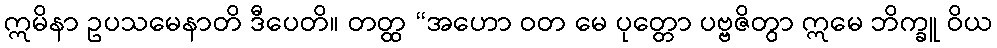
ဣမိနာ ဥပသမေနာတိ ဒီပေတိ။ တတ္ထ “အဟော ဝတ မေ ပုတ္တော ပဗ္ဗဇိတွာ ဣမေ ဘိက္ခူ ဝိယ